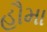
હૌમા